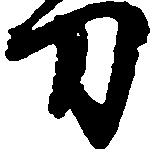
刀